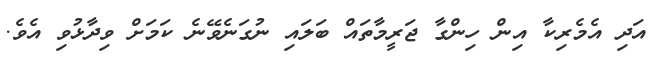
އަދި އެމެރިކާ އިން ހިންގާ ޖަރީމާތައް ބަލައި ނުގަނެވޭނެ ކަމަށް ވިދާޅުވި އެވެ.